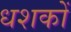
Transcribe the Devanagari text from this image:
धशकों